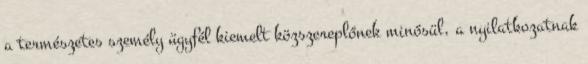
a természetes személy ügyfél kiemelt közszereplőnek minősül, a nyilatkozatnak